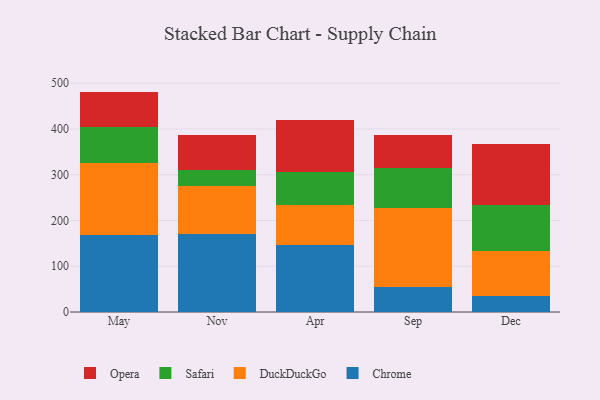
{"axis": {"x": "Month", "y": "Gross Profit (USD K)"}, "legend": ["Chrome", "DuckDuckGo", "Opera", "Safari"], "data": [{"x": "May", "y": 168.7, "type": "Chrome"}, {"x": "May", "y": 157.7, "type": "DuckDuckGo"}, {"x": "May", "y": 77.6, "type": "Safari"}, {"x": "May", "y": 77.7, "type": "Opera"}, {"x": "Nov", "y": 170.2, "type": "Chrome"}, {"x": "Nov", "y": 104.6, "type": "DuckDuckGo"}, {"x": "Nov", "y": 34.6, "type": "Safari"}, {"x": "Nov", "y": 76.6, "type": "Opera"}, {"x": "Apr", "y": 146.8, "type": "Chrome"}, {"x": "Apr", "y": 87.4, "type": "DuckDuckGo"}, {"x": "Apr", "y": 72.4, "type": "Safari"}, {"x": "Apr", "y": 113.8, "type": "Opera"}, {"x": "Sep", "y": 54.4, "type": "Chrome"}, {"x": "Sep", "y": 173.4, "type": "DuckDuckGo"}, {"x": "Sep", "y": 87.3, "type": "Safari"}, {"x": "Sep", "y": 71.6, "type": "Opera"}, {"x": "Dec", "y": 35.3, "type": "Chrome"}, {"x": "Dec", "y": 99.0, "type": "DuckDuckGo"}, {"x": "Dec", "y": 99.7, "type": "Safari"}, {"x": "Dec", "y": 133.7, "type": "Opera"}]}